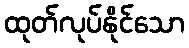
ထုတ်လုပ်နိုင်သော